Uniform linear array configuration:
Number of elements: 32
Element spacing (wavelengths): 0.5
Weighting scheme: uniform
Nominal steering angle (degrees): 30
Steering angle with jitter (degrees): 28.762
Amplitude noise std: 0.05
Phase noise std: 0.05

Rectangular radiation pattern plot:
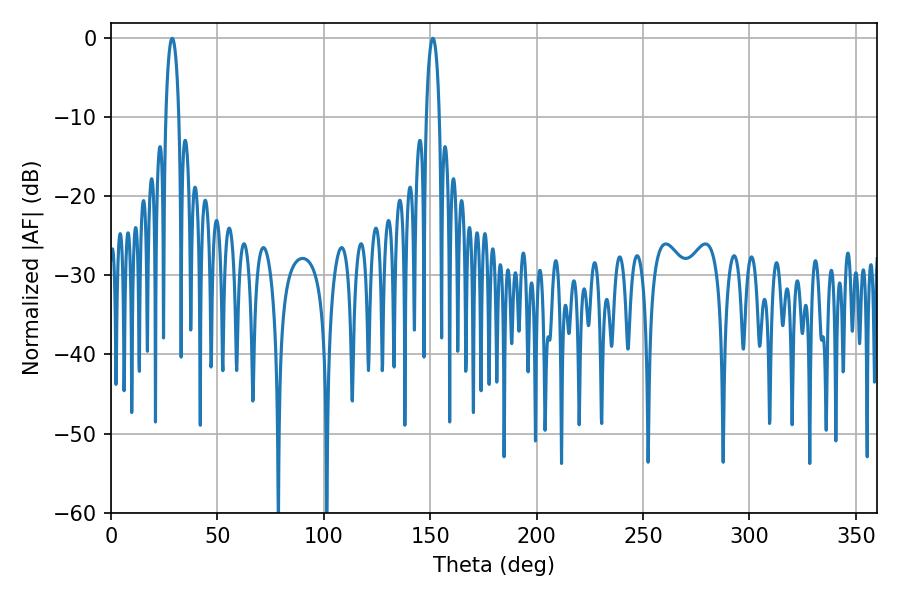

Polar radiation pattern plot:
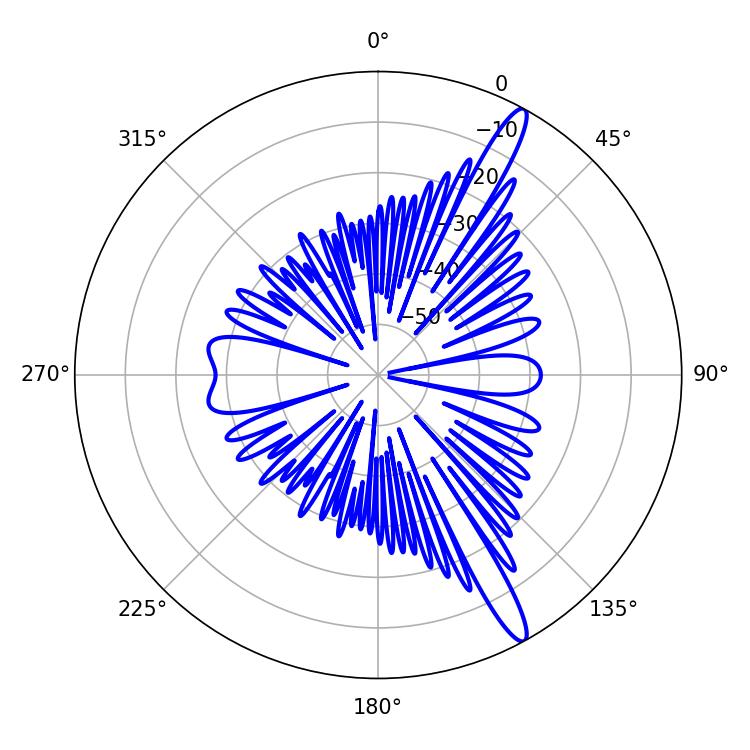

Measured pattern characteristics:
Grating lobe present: FALSE
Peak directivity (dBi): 14.716
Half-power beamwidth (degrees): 3.42
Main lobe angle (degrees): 151.2